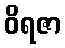
ဝိရဇာ